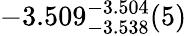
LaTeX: -3.509_{-3.538}^{-3.504}(5)